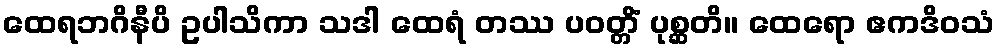
ထေရဘဂိနီပိ ဥပါသိကာ သဒါ ထေရံ တဿ ပဝတ္တိံ ပုစ္ဆတိ။ ထေရော ဧကဒိဝသံ